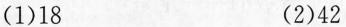
(1)18 (2)42